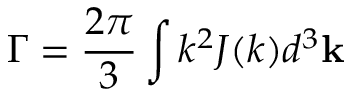
\Gamma = \frac { 2 \pi } { 3 } \int k ^ { 2 } J ( k ) d ^ { 3 } \mathbf { k }